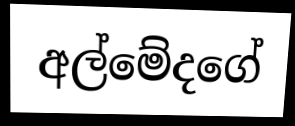
අල්මේදගේ